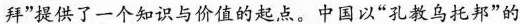
拜”提供了一个知识与价值的起点。中国以”孔教乌托邦”的